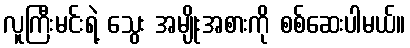
လူကြီးမင်းရဲ့ သွေး အမျိုးအစားကို စစ်ဆေးပါမယ်။